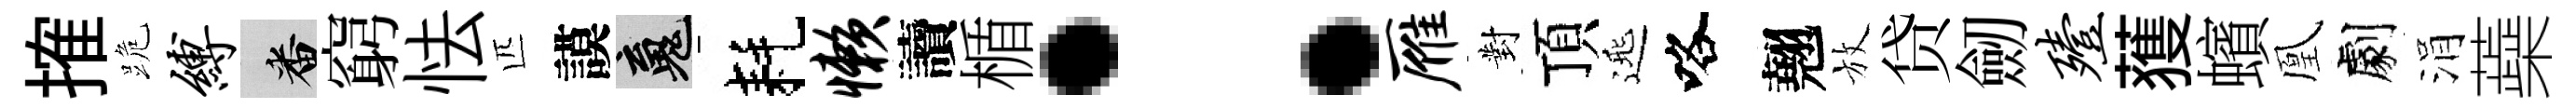
搉跪缚番窮怯匹謨魂耗懒讀楯：雁對頂𨓱咯翹放贷劒殪𫉬蠙凰劇涓蘃